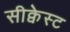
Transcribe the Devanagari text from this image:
सीक्वेस्ट